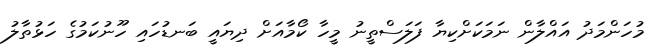
މުހަންމަދު އައްލާން ނަމަކަށްކިޔާ ފަލަސްތީނު މީހާ ކޯމާއަށް ދިޔައީ ބަނޑުހައި ހޫނުކަމުގެ ހަޅުތާލު